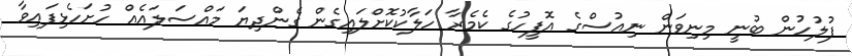
ފުލުހުން ބުނީ މިނިވަން ނިއުސްގެ އޮފީހުގެ ކެމެރާ ހަލާކުކޮށްލައިގެން ގެންދިޔަ މައްސަލައެއް ހުށަހެޅިފައިވާ